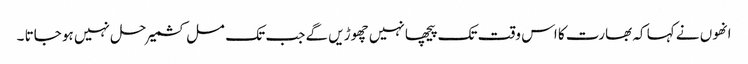
انھوں نے کہا کہ بھارت کا اس وقت تک پیچھا نہیں چھوڑیں گے جب تک مسل کشمیر حل نہیں ہو جاتا ۔